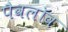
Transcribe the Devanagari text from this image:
पैवलॉव